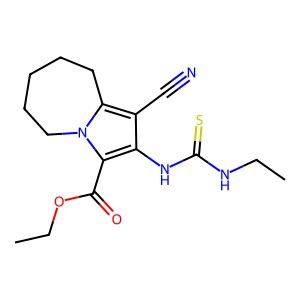
SMILES: CCNC(=S)Nc1c(C#N)c2n(c1C(=O)OCC)CCCCC2
Inhibits HIV replication: No